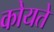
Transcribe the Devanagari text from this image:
कोयते